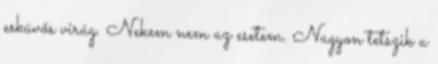
esküvős virág. Nekem nem az esetem. Nagyon tetszik a